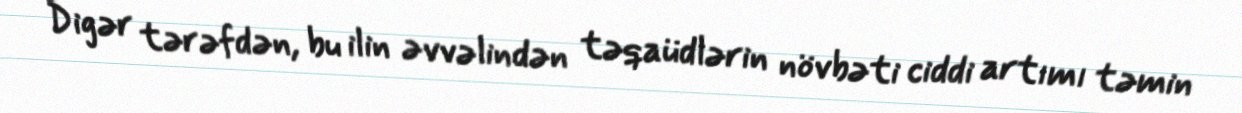
Digər tərəfdən, bu ilin əvvəlindən təqaüdlərin növbəti ciddi artımı təmin